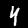
Label: 4